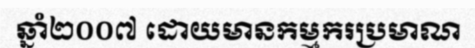
ឆ្នាំ២០០៧ ដោយមានកម្មករប្រមាណ